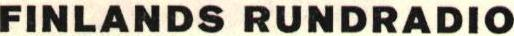
FINLANDS RUNDRADIO